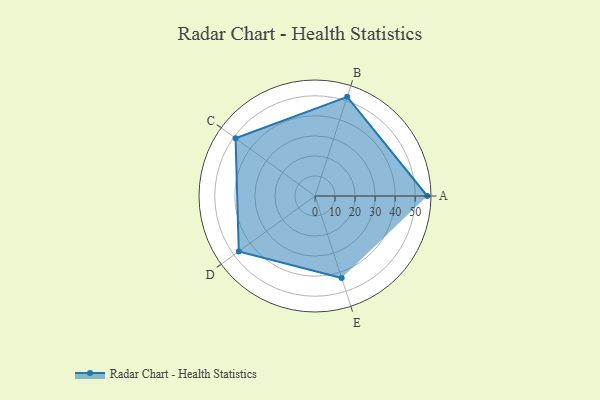
{"axis": {"x": "Skill", "y": "Score"}, "legend": ["Profile"], "data": [{"x": "A", "y": 56.0, "type": "Profile"}, {"x": "B", "y": 52.0, "type": "Profile"}, {"x": "C", "y": 49.0, "type": "Profile"}, {"x": "D", "y": 47.0, "type": "Profile"}, {"x": "E", "y": 43.0, "type": "Profile"}]}